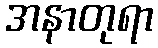
အနာတုရာ